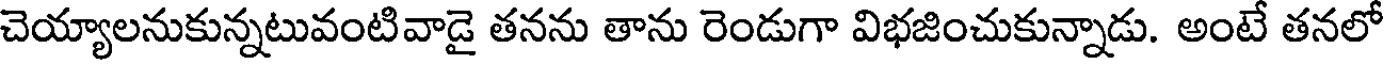
చెయ్యాలనుకున్నటువంటివాడై తనను తాను రెండుగా విభజించుకున్నాడు. అంటే తనలో